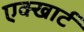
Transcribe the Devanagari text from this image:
एक्खार्ट